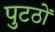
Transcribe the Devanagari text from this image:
पुटठों